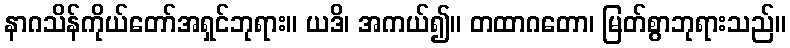
နာဂသိန်ကိုယ်တော်အရှင်ဘုရား။ ယဒိ၊ အကယ်၍။ တထာဂတော၊ မြတ်စွာဘုရားသည်။